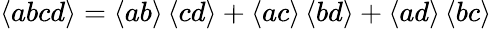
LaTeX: \left\langle abcd\right\rangle=\left\langle ab\right\rangle\left\langle cd\right\rangle+\left\langle ac\right\rangle\left\langle bd\right\rangle+\left\langle ad\right\rangle\left\langle bc\right\rangle